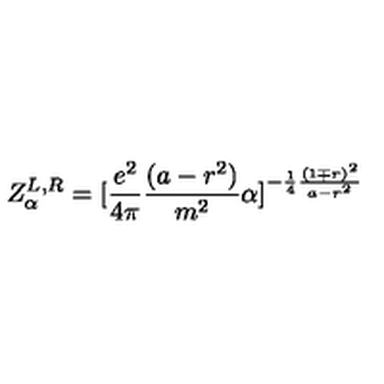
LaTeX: Z _ { \alpha } ^ { L , R } = [ { \frac { e ^ { 2 } } { 4 \pi } } { \frac { ( a - r ^ { 2 } ) } { m ^ { 2 } } } \alpha ] ^ { - { \frac { 1 } { 4 } } { \frac { ( 1 \mp r ) ^ { 2 } } { a - r ^ { 2 } } } }